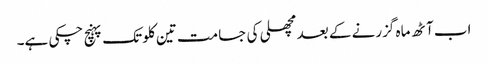
اب آٹھ ماہ گزرنے کے بعد مچھلی کی جسامت تین کلو تک پہنچ چکی ہے۔